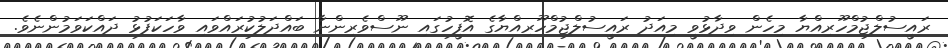
ރައީސުލްޖުމްހޫރިއްޔާ މިހެން ވިދާޅުވީ މިއަދު ރައީސުލްޖުމްހޫރިއްޔާގެ އޮފީހުގައި ނޫސްވެރިންނާ ބައްދަލުކުރައްވައި ވާހަކަފުޅު ދައްކަވަމުންނެވެ.